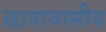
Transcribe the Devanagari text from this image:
छात्रावासीय